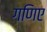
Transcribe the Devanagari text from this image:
गणिए